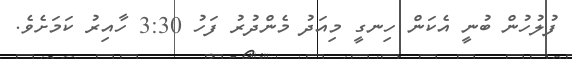
ފުލުހުން ބުނީ އެކަން ހިނގީ މިއަދު މެންދުރު ފަހު 3:30 ހާއިރު ކަމަށެވެ.